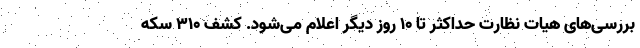
بررسی‌های هیات نظارت حداکثر تا ۱۰ روز دیگر اعلام می‌شود. کشف ۳۱۰ سکه